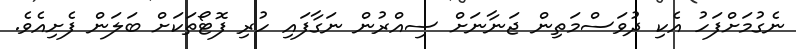
ނެގުމަށްފަހު އެކި ދުވަސްމަތިން ޖަނާނަށް ސިއްރުން ނަގާފައި ހުރި ފޮޓޯތަކަށް ބަލަން ފެށިއެވެ.